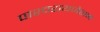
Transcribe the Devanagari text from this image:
पाश्‍चरायजेशन